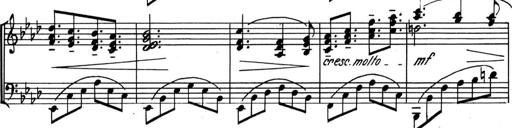
Title: Kleine Sonate
Composer: Raoul Koczalski
Key: C major